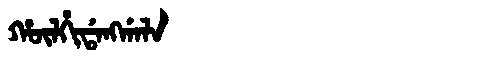
Manchu: ᡥᡡᠯᡥᡳᡩᠠᠩᡤᠠᠯᠠ
Romanization: HŪLHIDANGGALA